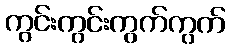
ကွင်းကွင်းကွက်ကွက်